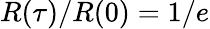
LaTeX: R(\tau)/R(0)=1/e